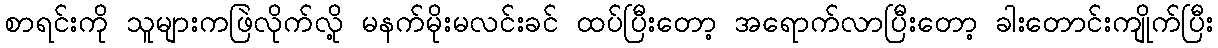
စာရင်းကို သူများကဖြဲလိုက်လို့ မနက်မိုးမလင်းခင် ထပ်ပြီးတော့ အရောက်လာပြီးတော့ ခါးတောင်းကျိုက်ပြီး